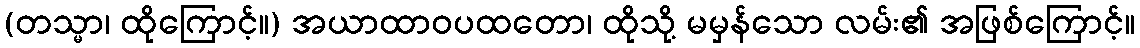
(တသ္မာ၊ ထိုကြောင့်။) အယာထာဝပထတော၊ ထိုသို့ မမှန်သော လမ်း၏ အဖြစ်ကြောင့်။